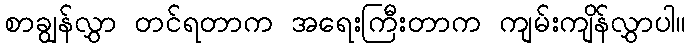
စာချွန်လွှာ တင်ရတာက အရေးကြီးတာက ကျမ်းကျိန်လွှာပါ။